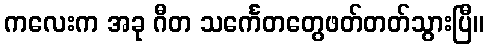
ကလေးက အခု ဂီတ သင်္ကေတတွေဖတ်တတ်သွားပြီ။